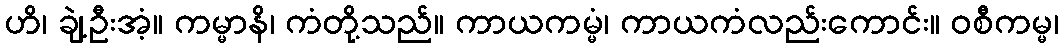
ဟိ၊ ချဲ့ဦးအံ့။ ကမ္မာနိ၊ ကံတို့သည်။ ကာယကမ္မံ၊ ကာယကံလည်းကောင်း။ ဝစီကမ္မ၊